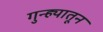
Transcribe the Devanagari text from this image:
गुन्ह्यातून